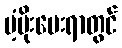
ပံ့ပိုးပေးရာတွင်